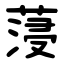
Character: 蓡